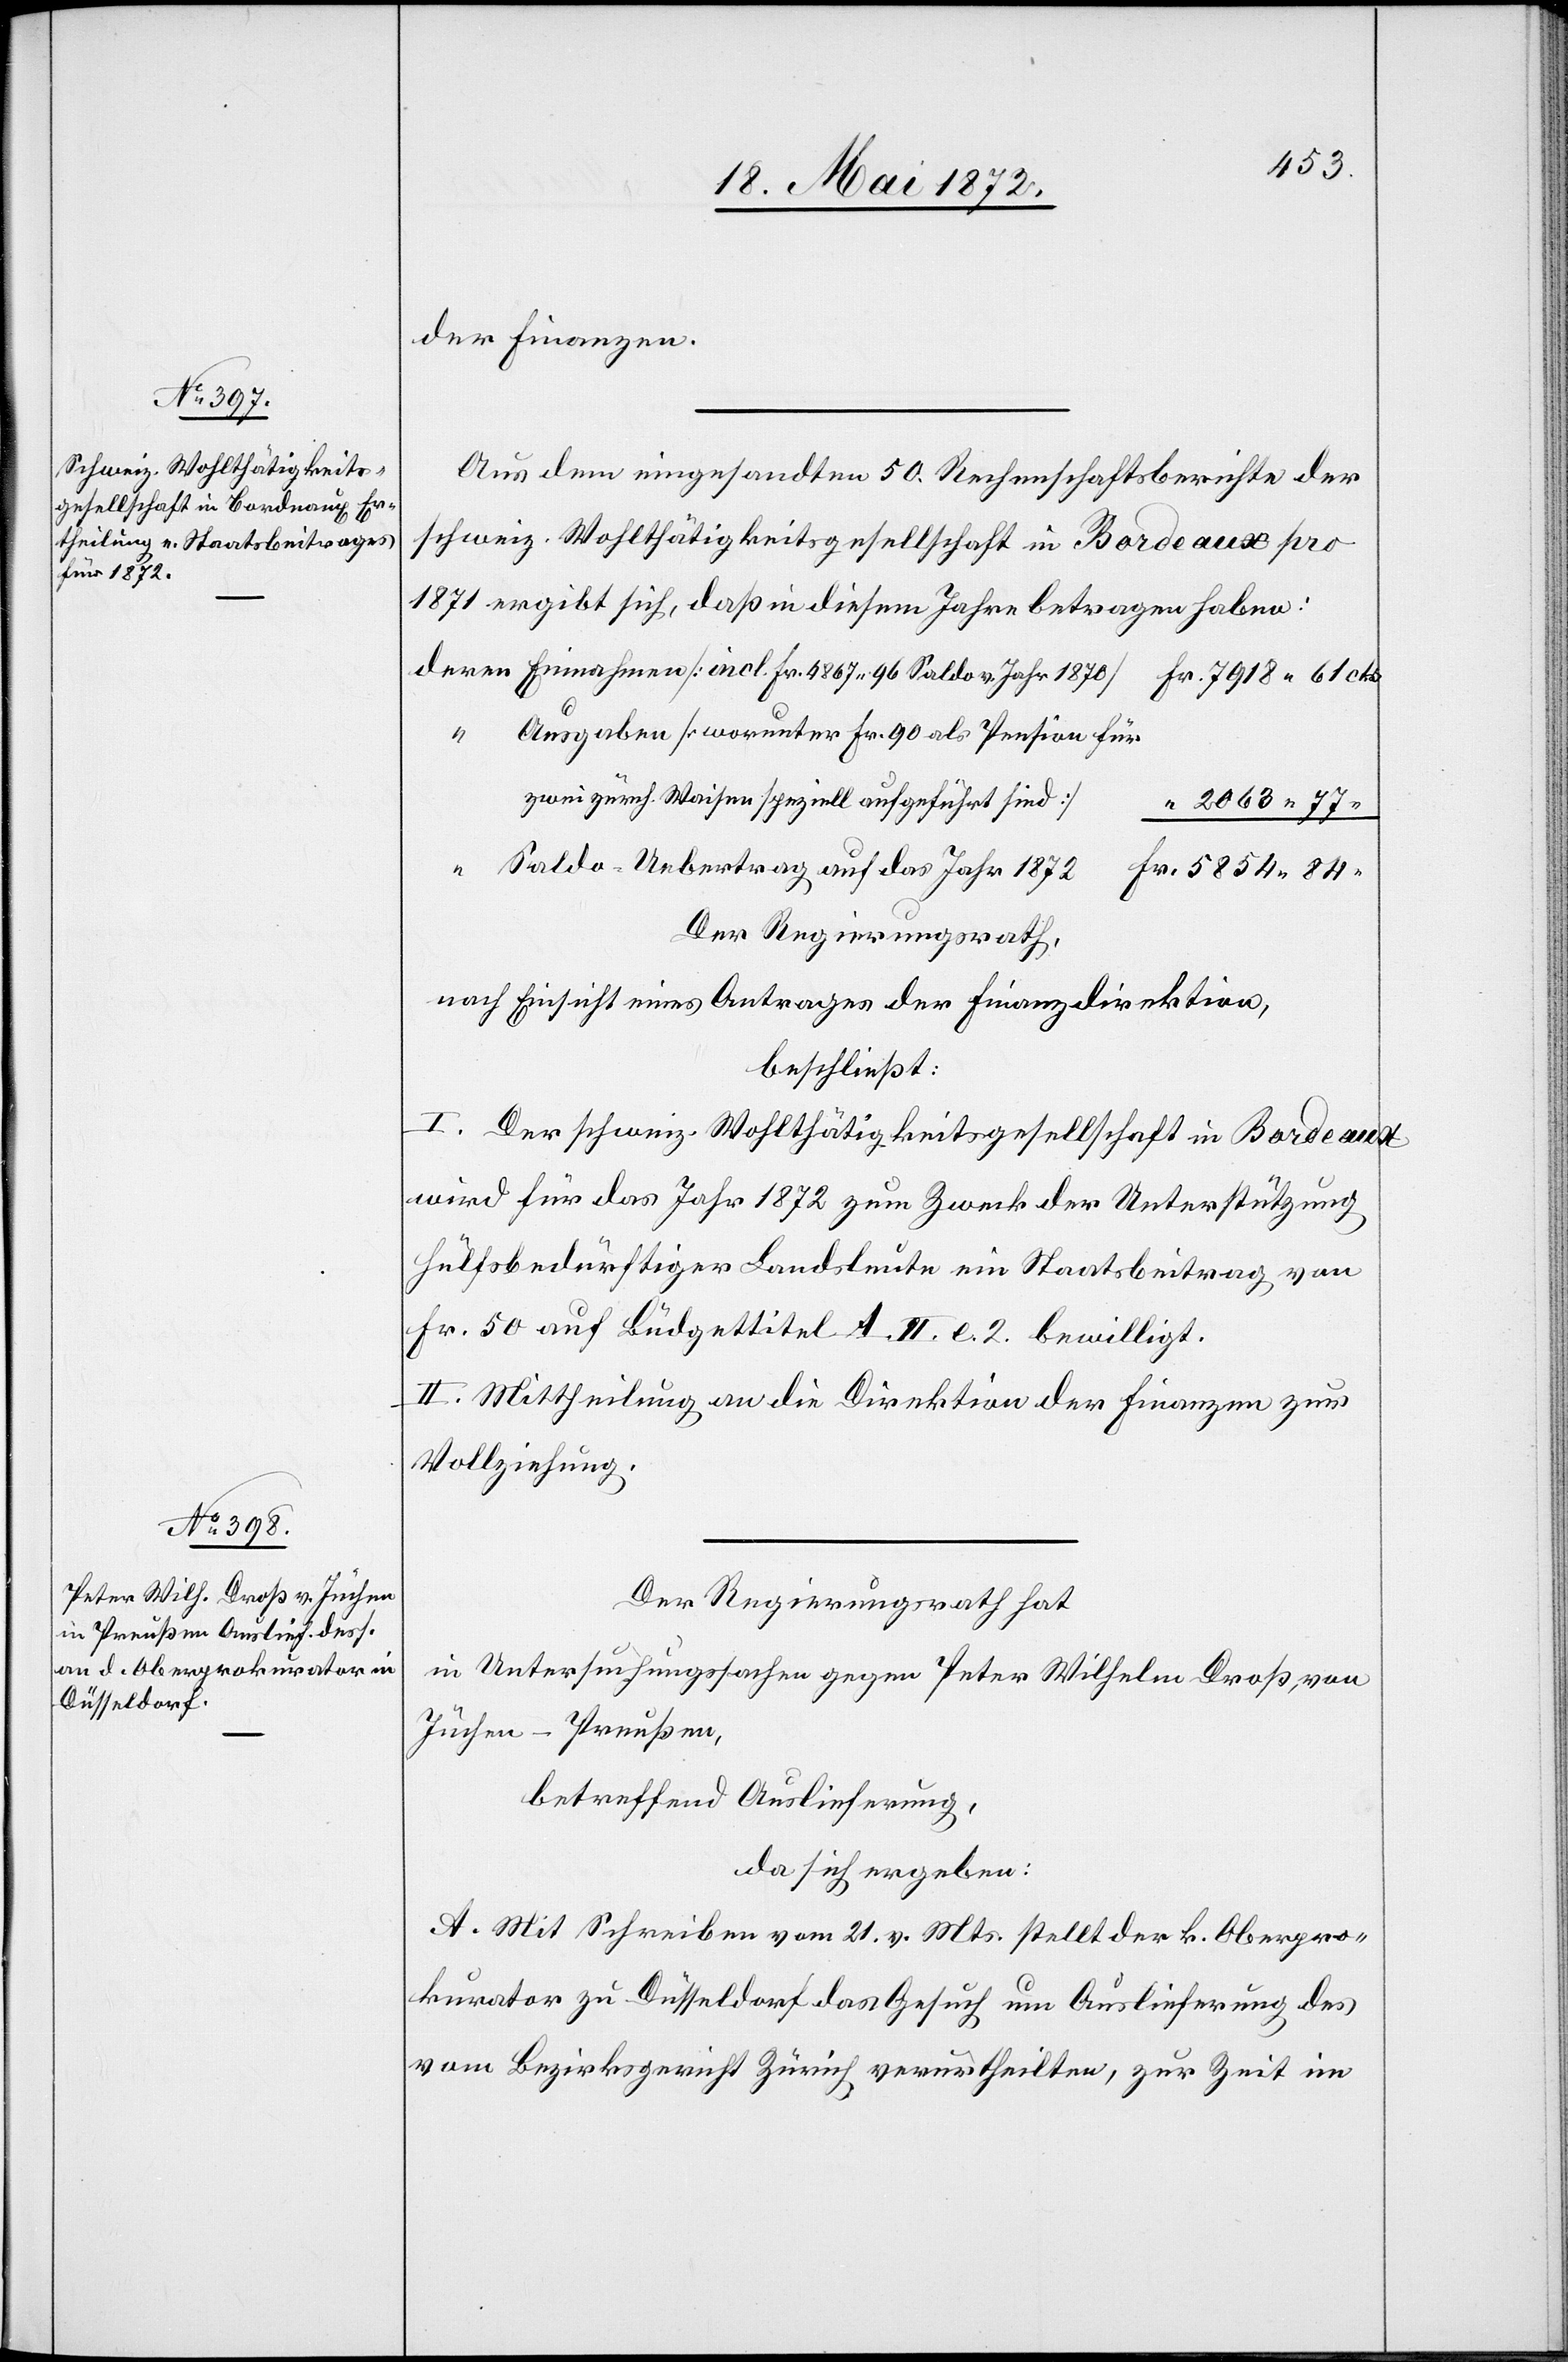
der Finanzen.
Aus dem eingesandten 50. Rechenschaftsberichte der
schweiz. Wohlthätigkeitsgesellschaft in Bordeaux pro
1871 ergibt sich, daß in diesem Jahre betragen haben:
Ausgaben [worunter Fr. 90 als Pension für
“
v.
zwei zürch. Waisen speziell aufgeführt sind]
2063 77
Saldo-Uebertrag auf das Jahr 1872
Der Regierungsrath,
nach Einsicht eines Antrages der Finanzdirektion,
beschließt:
I. Der schweiz. Wohlthätigkeitsgesellschaft in Bordeaux
wird für das Jahr 1872 zum Zweck der Unterstützung
hülfsbedürftiger Landsleute ein Staatsbeitrag von
Fr. 50 auf Büdgettitel A. II. e. 2 bewilligt.
II. Mittheilung an die Direktion der Finanzen zur
Vollziehung.
Der Regierungsrath hat
in Untersuchungssachen gegen Peter Wilhelm Droß, von
Jüchen-Preußen,
betreffend Auslieferung,
da sich ergeben:
A. Mit Schreiben vom 21. v. Mts. stellt der k. Oberpro¬
kurator zu Düsseldorf das Gesuch um Auslieferung des
vom Bezirksgericht Zürich verurtheilten, zur Zeit im